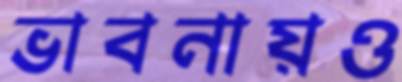
ভাবনায়ও